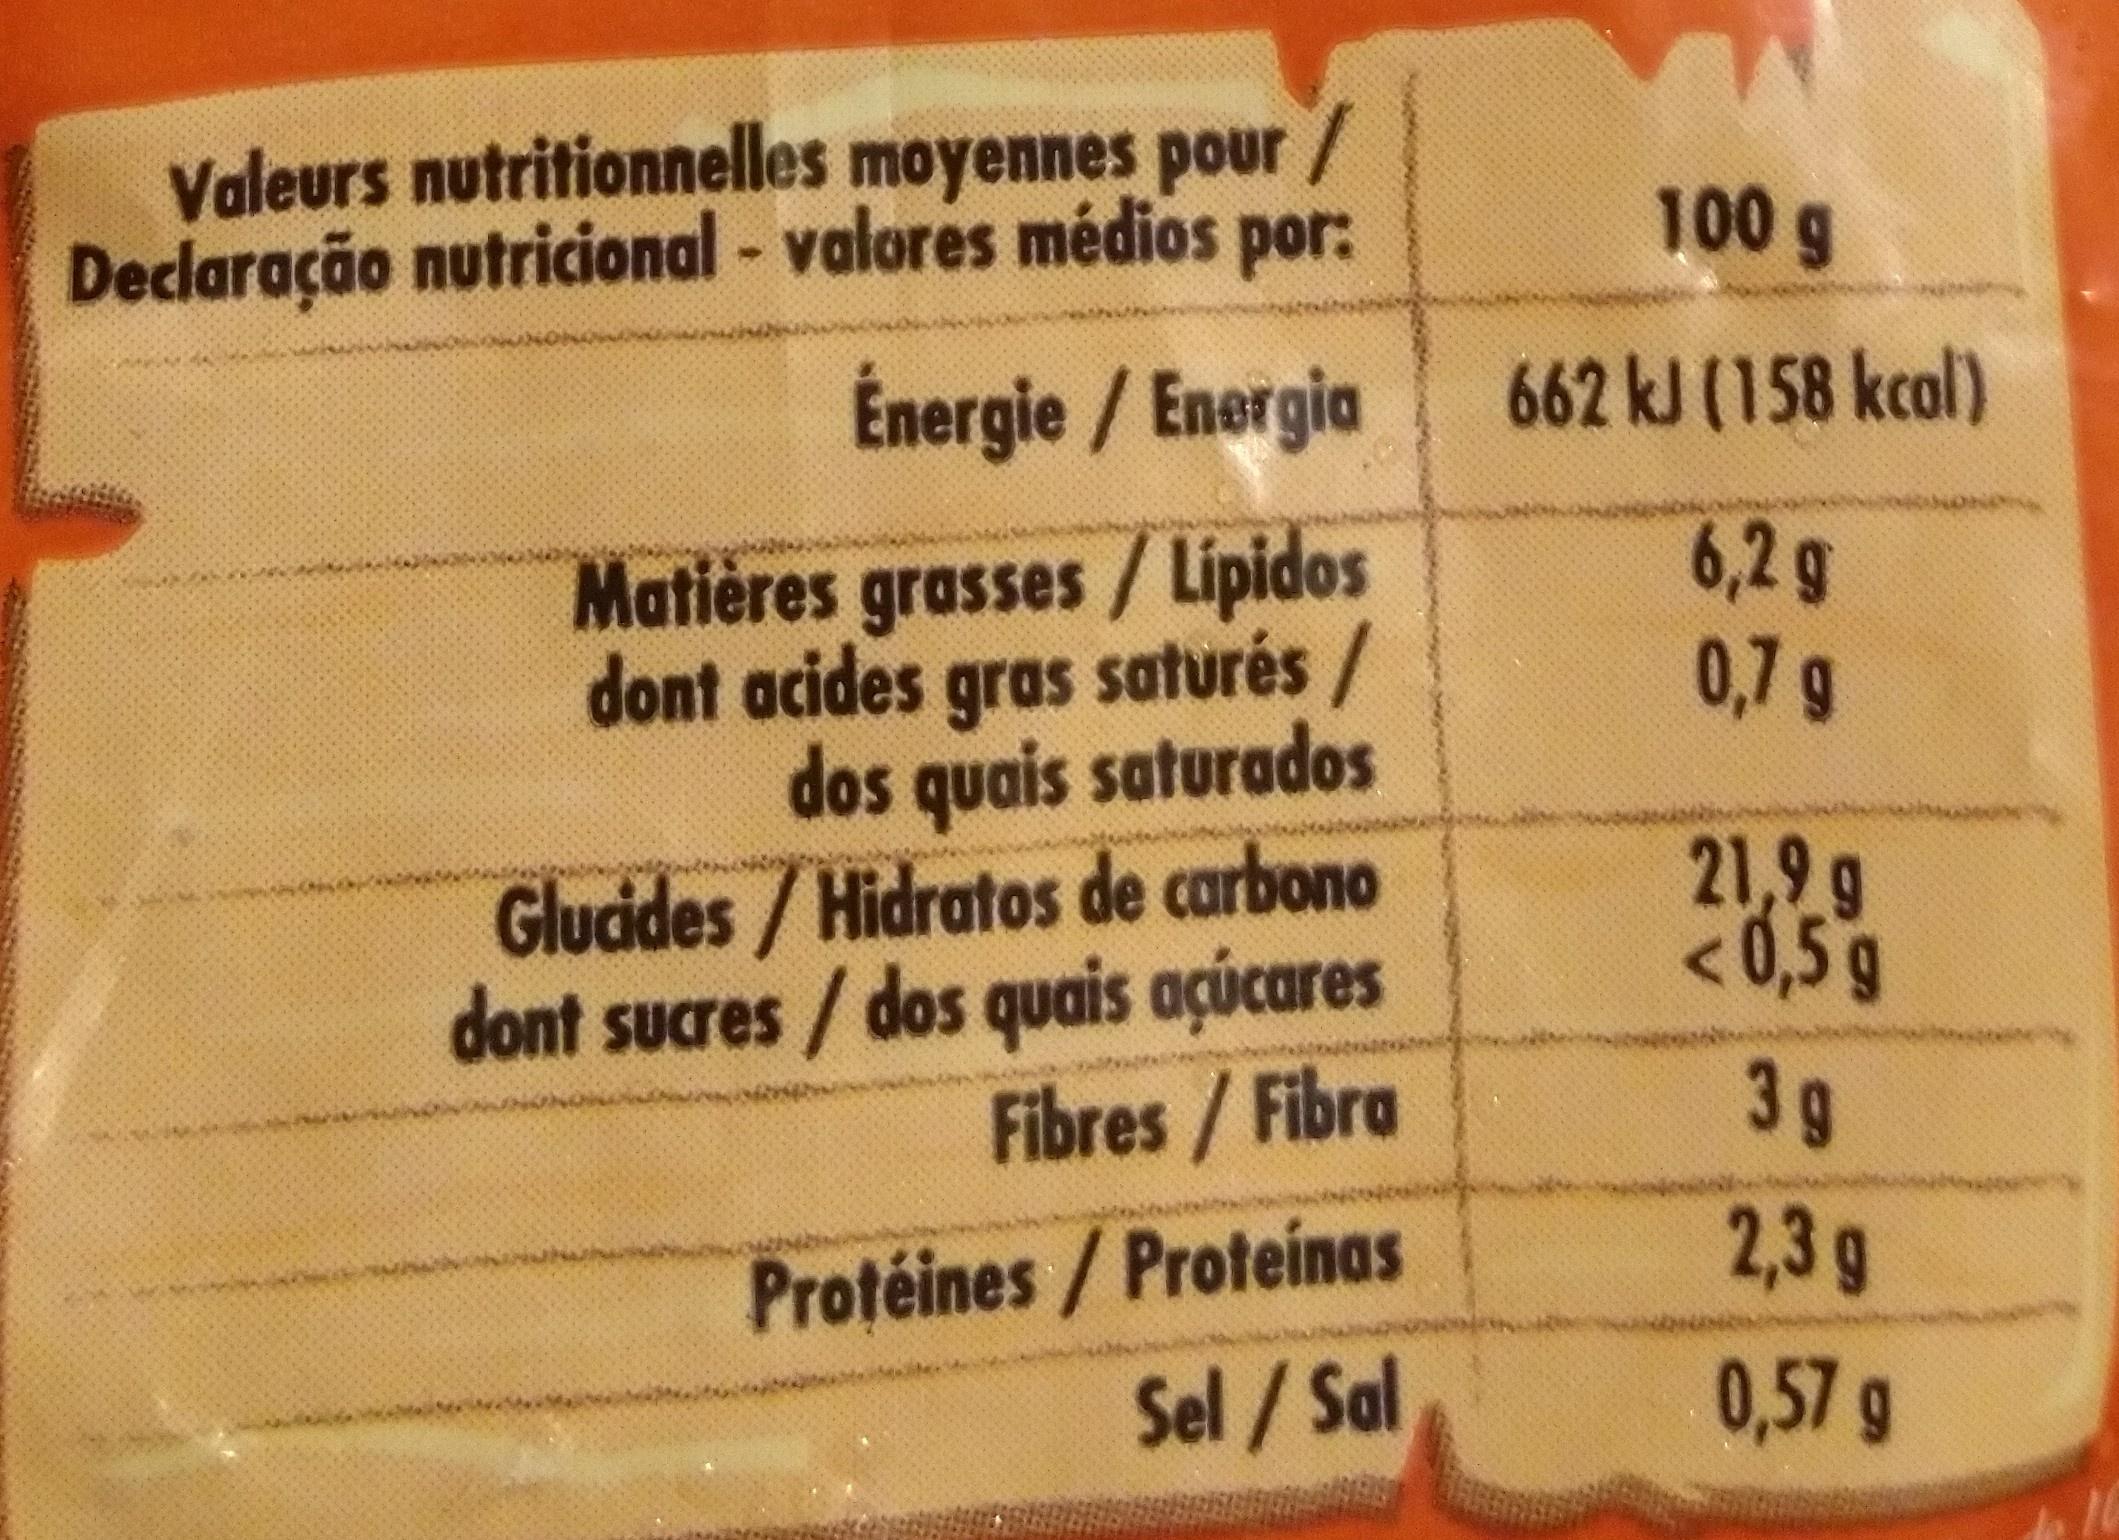
Valeurs nutritionnelles moyennes pour / Declaração nutricional - valores médios por: 100 g 662 kJ (158 kcol) Energie / Energia 6,2 g 0,79 Matières grasses /Lipidos dont acides gras saturés / dos quais saturados Gludides/Hidratos de carbono dont sucres /dos quais açúcares Fibres/Fibra 21,9 g <0,5g 3g 2,3 g Protéines/ Proteínas Sel /Sal onicp 0,57 g